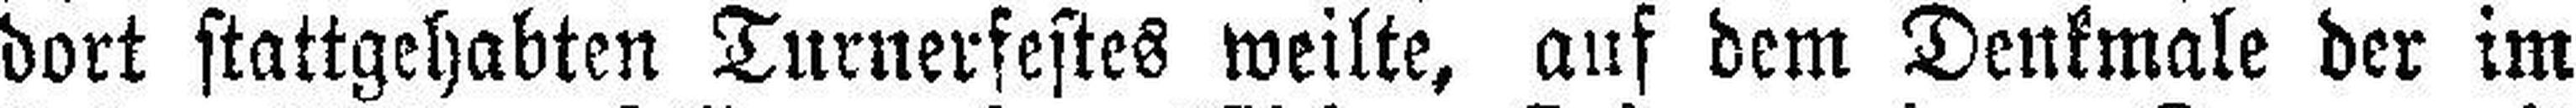
dort stattgehabten Turnerfestes weilte, auf dem Denkmale der im